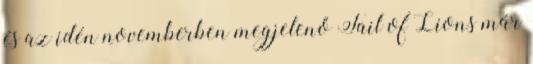
és az idén novemberben megjelenő Tail of Lions már